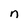
Character: n